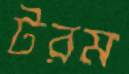
টরম